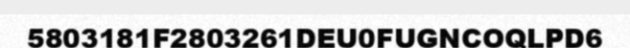
5803181F2803261DEU0FUGNCOQLPD6